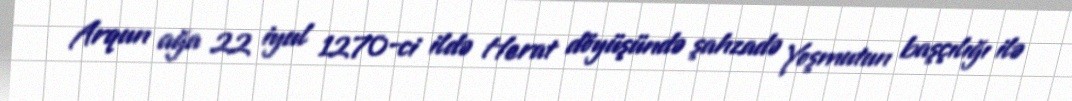
Arqun ağa 22 iyul 1270-ci ildə Herat döyüşündə şahzadə Yoşmutun başçılığı ilə